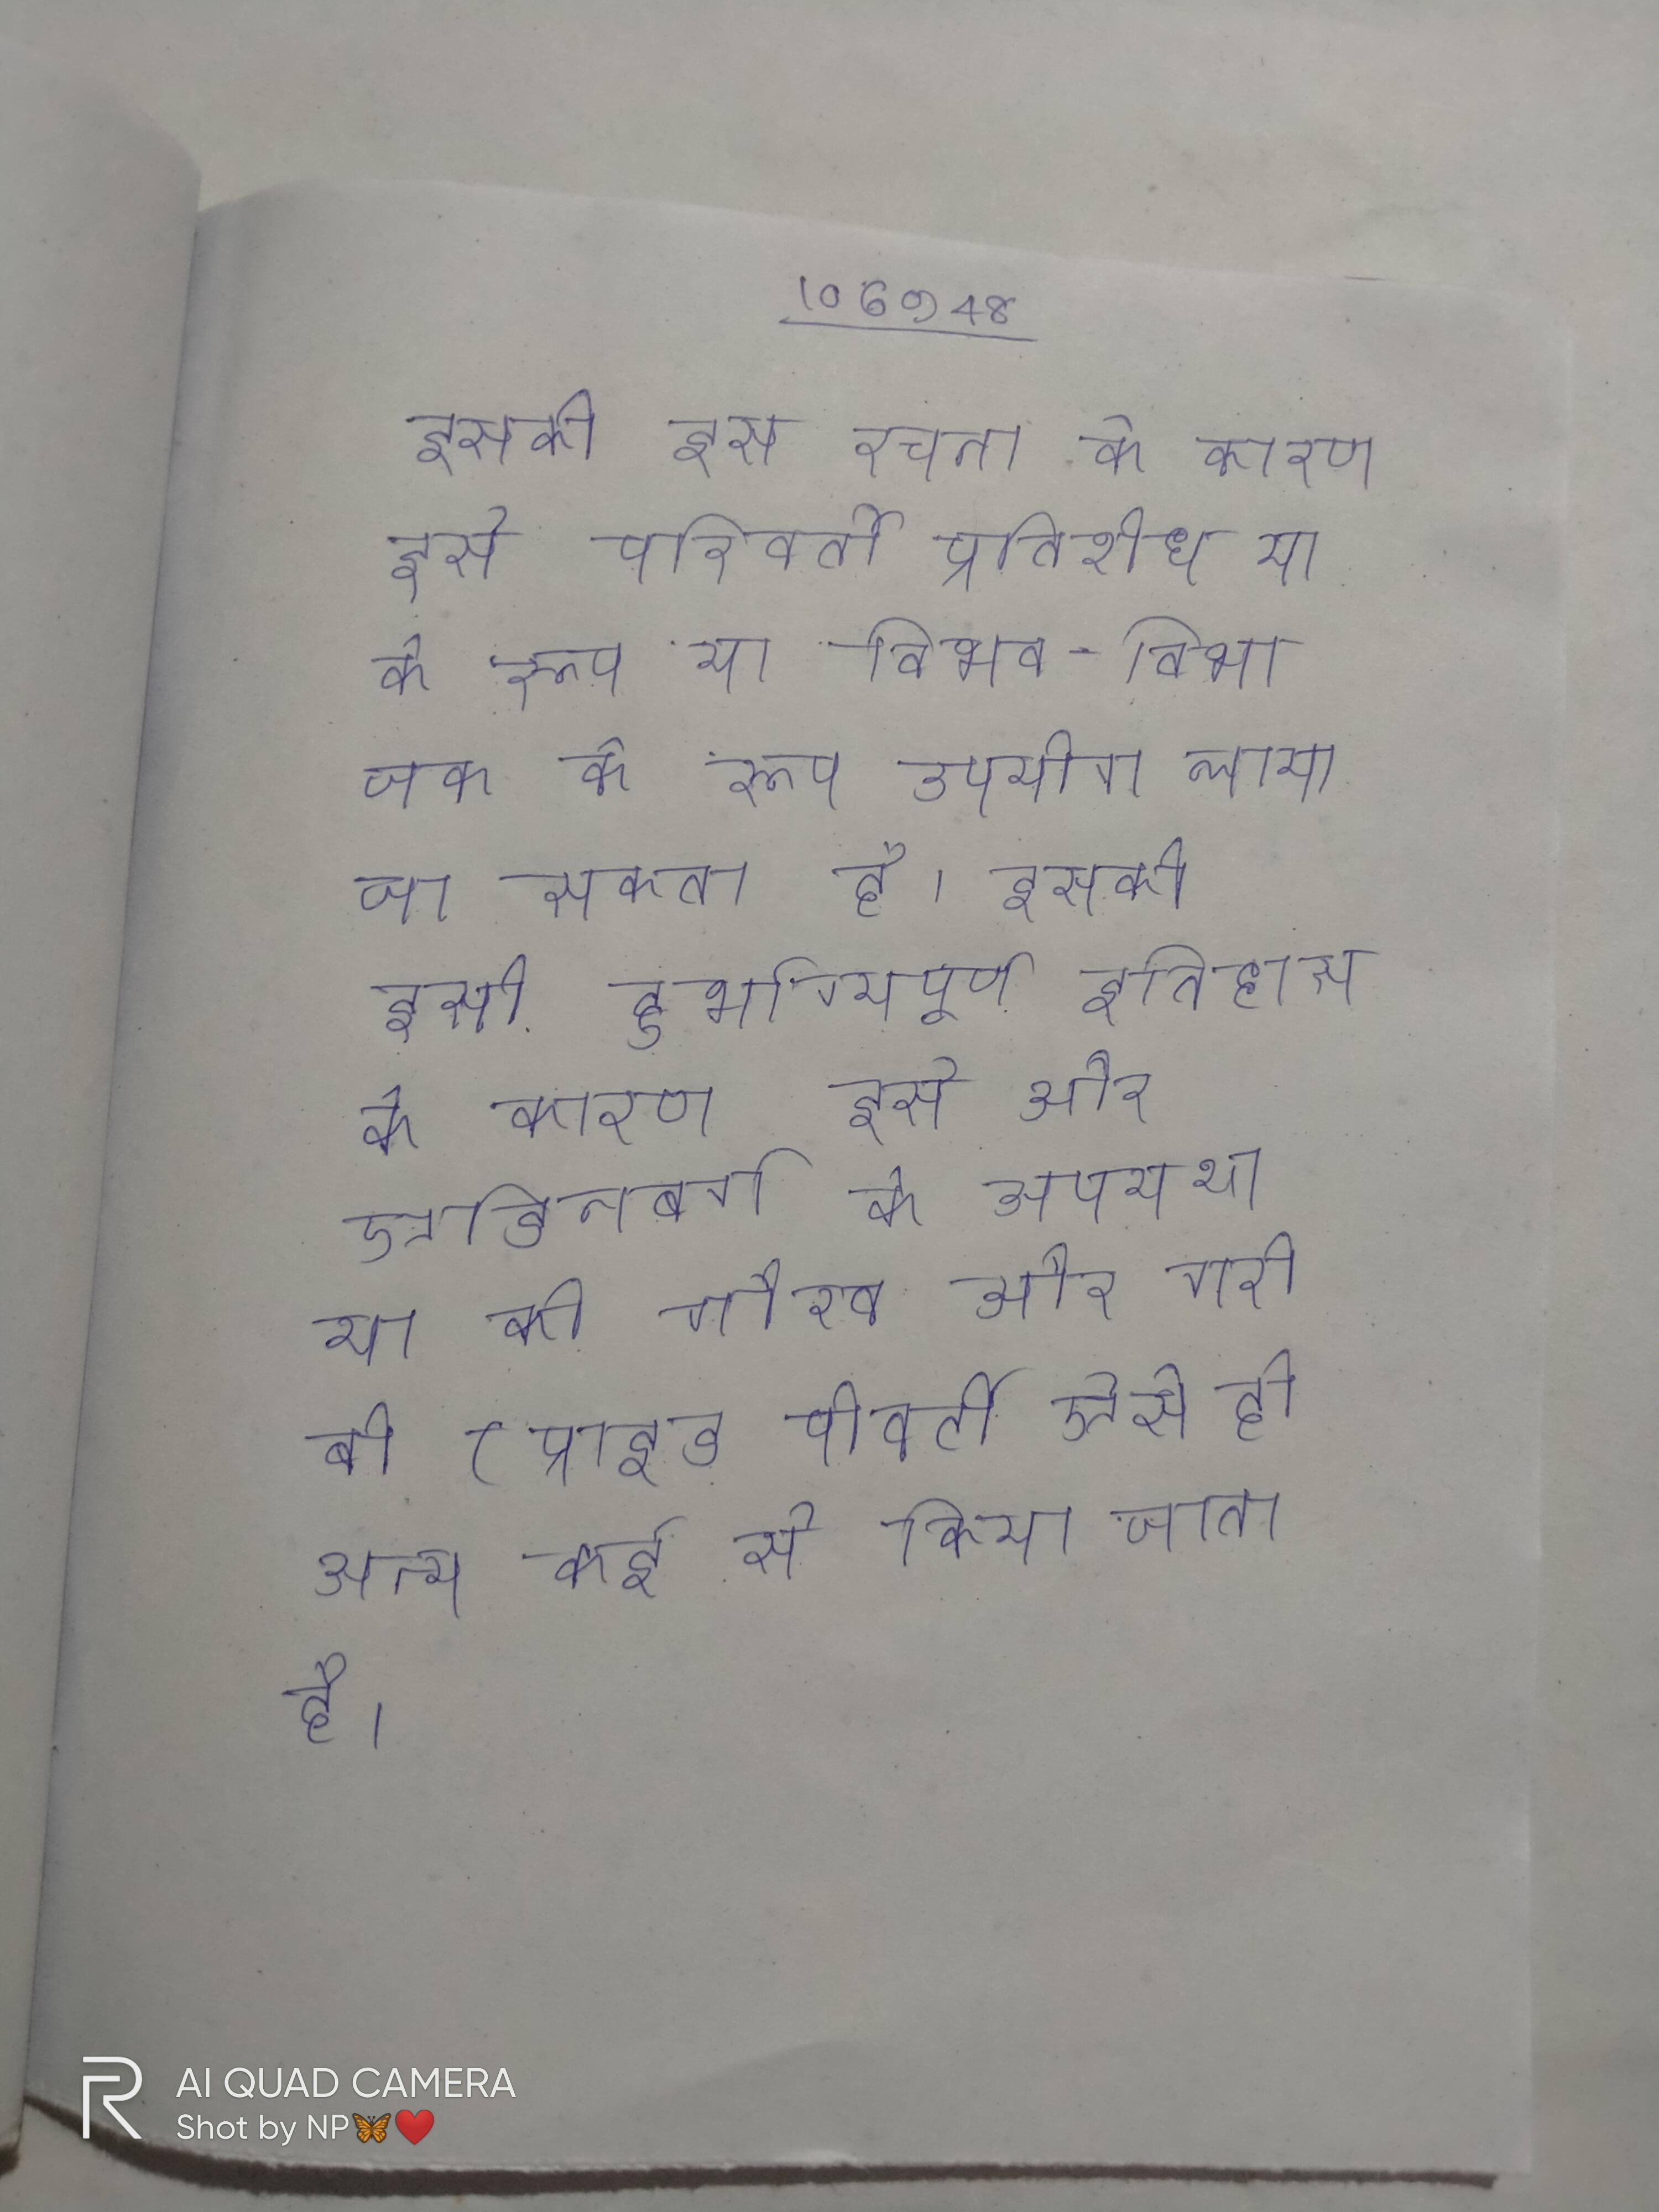
इसकी इस रचना के कारण इसे परिवर्ती प्रतिरोध या के रूप या विभव-विभाजक के रूप उपयोग लाया जा सकता है । इसकी इसी दुर्भाग्यपूर्ण इतिहास के कारण इसे और एडिनबर्ग के अपयश या की गौरव और गरीबी(प्राइड पोवर्टी ऐसे ही अन्य कई से किया जाता है ।